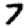
Digit: 7